Report of the Indian Hemp Drugs Commission, 1894-1895 - Volume V
Year: 1894
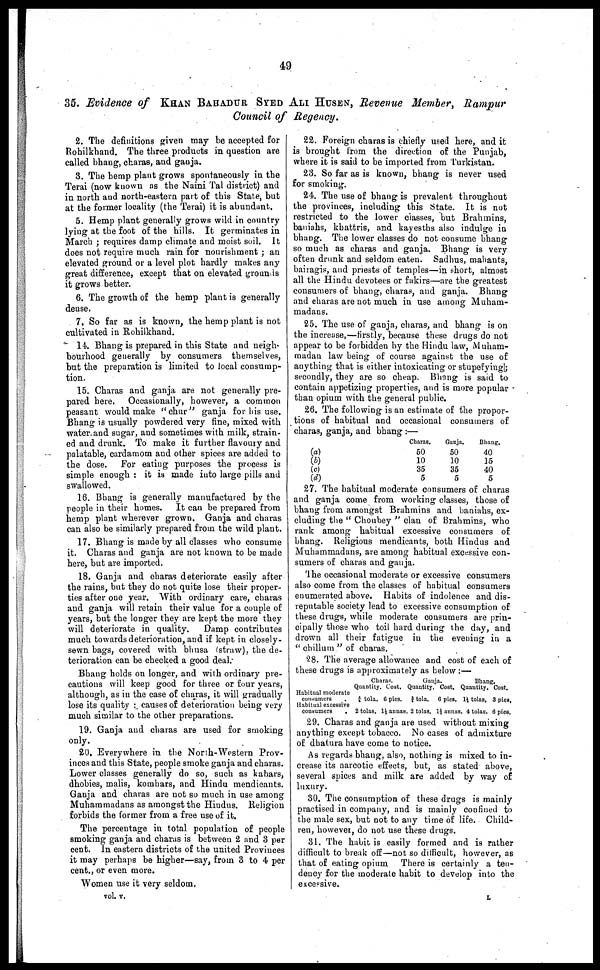
49
35. Evidence of KHAN BAHADUR SYED ALI HUSEN, Revenue Member, Rampur
Council of Regency.
2. The definitions given may be accepted for
Rohilkhand. The three products in question are
called bhang, charas, and ganja.
3. The hemp plant grows spontaneously in the
Terai (now known as the Naini Tal district) and
in north and north-eastern part of this State, but
at the former locality (the Terai) it is abundant.
5. Hemp plant generally grows wild in country
lying at the foot of the hills. It germinates in
March ; requires damp climate and moist soil. It
does not require much rain for nourishment ; an
elevated ground or a level plot hardly makes any
great difference, except that on elevated grounds
it grows better.
6. The growth of the hemp plant is generally
dense.
7. So far as is known, the hemp plant is not
cultivated in Rohilkhand.
14. Bhang is prepared in this State and neigh-
bourhood generally by consumers themselves,
but the preparation is limited to local consump-
tion.
15. Charas and ganja are not generally pre-
pared here. Occasionally, however, a common
peasant would make "chur" ganja for his use.
Bhang is usually powdered very fine, mixed with
water and sugar, and sometimes with milk, strain-
ed and drunk. To make it further flavoury and
palatable, cardamom and other spices are added to
the dose. For eating purposes the process is
simple enough : it is made into large pills and
swallowed.
16. Bhang is generally manufactured by the
people in their homes. It can be prepared from
hemp plant wherever grown. Ganja and charas
can also be similarly prepared from the wild plant.
17. Bhang is made by all classes who consume
it. Charas and ganja are not known to be made
here, but are imported.
18. Ganja and charas deteriorate easily after
the rains, but they do not quite lose their proper-
ties after one year. With ordinary care, charas
and ganja will retain their value for a couple of
years, but the longer they are kept the more they
will deteriorate in quality.
Damp contributes
much towards deterioration, and if kept in closely-
sewn bags, covered with bhusa (straw), the de-
terioration can be checked a good deal.-
Bhang holds on longer, and with ordinary pre-
cautions will keep good for three or four years,
although, as in the case of charas, it will gradually
lose its quality : causes of deterioration being very
much similar to the other preparations.
19. Ganja and charas are used for smoking
only.
20. Everywhere in the North-Western Prov-
inces and this State, people smoke ganja and charas.
Lower classes generally do so, such as kahars,
dhobies, malis, komhars, and Hindu mendicants.
Ganja and charas are not so much in use among
Muhammadans as amongst the Hindus. Religion
forbids the former from a free use of it.
The percentage in total population of people
smoking ganja and charas is between 2 and 3 per
cent. In eastern districts of the united Provinces
it may perhaps be higher—say, from 3 to 4 per
cent., or even more.
Women use it very seldom.
vol. v.
22. Foreign charas is chiefly used here, and it
is brought from the direction of the Punjab,
where it is said to be imported from Turkistan.
23. So far as is known, bhang is never used
for smoking.
24. The use of bhang is prevalent throughout
the provinces, including this State. It is not
restricted to the lower classes, but Brahmins,
baniahs, khattris, and kayesths also indulge in
bhang. The lower classes do not consume bhang
so much as charas and ganja. Bhang is very
often drunk and seldom eaten. Sadhus, mahants,
bairagis, and priests of temples—in short, almost
all the Hindu devotees or fakirs—are the greatest
consumers of bhang, charas, and ganja. Bhang
and charas are not much in use among Muham-
madans.
25. The use of ganja, charas, and bhang is on
the increase,—firstly, because these drugs do not
appear to be forbidden by the Hindu law, Muham-
madan law being of course against the use of
auything that is either intoxicating or stupefying|;
secondly, they are so cheap. Bhang is said to
contain appetizing properties, and is more popular
than opium with the general public.
26. The following is an estimate of the propor-
tions of habitual and occasional consumers of
charas, ganja, and bhang :—
(a)
(b)
(c)
(d)
Charas.
50
10
35
5
Ganja.
50
10
35
5
Bhang.
40
15
40
5
27. The habitual moderate consumers of charas
and ganja come from working classes, those of
bhang from amongst Brahmins and baniahs, ex-
cluding the "Choubey" clan of Brahmins, who
rank among habitual excessive consumers of
bhang. Religious mendicants, both Hindus and
Muhammadans, are among habitual excessive con-
sumers of charas and ganja.
The occasional moderate or excessive consumers
also come from the classes of habitual consumers
enumerated above. Habits of indolence and dis-
reputable society lead to excessive consumption of
these drugs, while moderate consumers are prin-
cipally those who toil hard during the day, and
drown all their fatigue in the evening in a
"chillum" of charas.
28. The average allowance and cost of each of
these drugs is approximately as below :—
Charas.
Ganja.
Bhang.
Quantity. Cost. Quantity. Cost. Quantity. Cost.
Habitual moderate
consumers
. ¾ tola. 6 pies. ¾ tola. 6 pies. 1¼ tolas. 3 pies,
Habitual excessive
consumers
. 2 tolas. 1½ annas. 2 tolas. 1½ annas. 4 tolas. 6 pies.
29. Charas and ganja are used without mixing
anything except tobacco. No eases of admixture
of dhatura have come to notice.
As regards bhang, also, nothing is mixed to in-
crease its narcotic effects, but, as stated above,
several spices and milk are added by way of
luxury.
30. The consumption of these drugs is mainly
practised in company, and is mainly confined to
the male sex, but not to any time of life. Child-
ren, however, do not use these drugs.
31. The habit is easily formed and is rather
difficult to break off—not so difficult, however, as
that of eating opium There is certainly a ten-
dency for the moderate habit to develop into the
excessive.
L